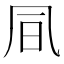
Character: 凬